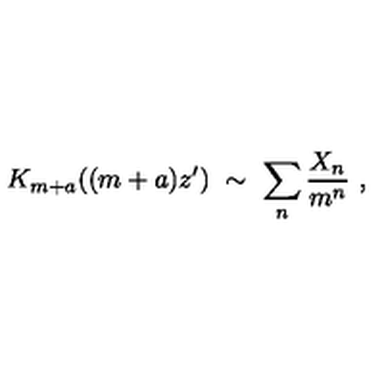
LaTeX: K _ { m + a } ( ( m + a ) z ^ { \prime } ) \ \sim \ \sum _ { n } \frac { X _ { n } } { m ^ { n } } \ ,